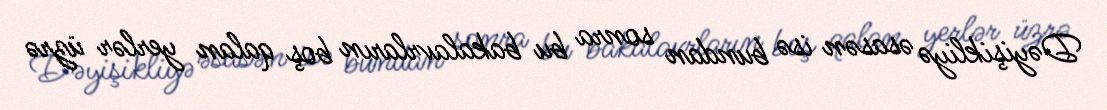
Dəyişikliyə əsasən isə bundan sonra bu bakalavrların boş qalan yerlər üzrə